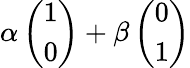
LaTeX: \alpha\left(\begin{array}{c}{1}\\ {0}\end{array}\right)+\beta\left(\begin{array}{c}{0}\\ {1}\end{array}\right)